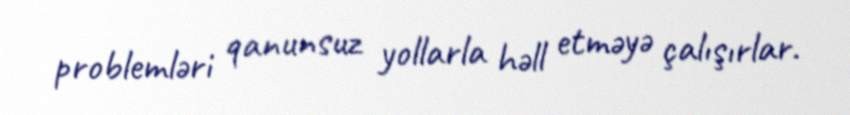
problemləri qanunsuz yollarla həll etməyə çalışırlar.